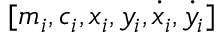
[ m _ { i } , c _ { i } , x _ { i } , y _ { i } , \dot { x } _ { i } , \dot { y } _ { i } ]